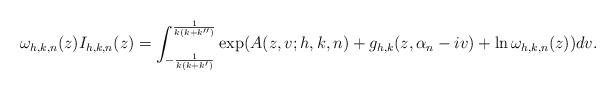
LaTeX: \begin{align*}\omega_{h,k,n}(z) I_{h,k,n}(z) = \int_{-\frac{1}{k(k+k')}}^{\frac{1}{k(k+k'')}} \exp(A(z,v;h,k,n)+g_{h,k}(z,\alpha_n-iv)+ \ln \omega_{h,k,n}(z)) dv.\end{align*}